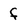
Character: f